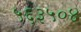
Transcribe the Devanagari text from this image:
५६३५०४